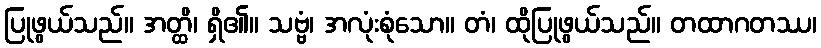
ပြုဖွယ်သည်။ အတ္ထိ၊ ရှိ၏။ သဗ္ဗံ၊ အလုံးစုံသော။ တံ၊ ထိုပြုဖွယ်သည်။ တထာဂတဿ၊